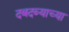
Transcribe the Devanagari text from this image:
दबदब्याच्या